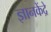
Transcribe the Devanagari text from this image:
ज्ञानकेंद्रे